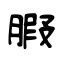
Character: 腵